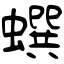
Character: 蟤